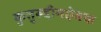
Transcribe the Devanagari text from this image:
कुतुब्द्दीनऐबक